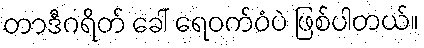
တာဒီဂရိတ် ခေါ် ရေဝက်ဝံပဲ ဖြစ်ပါတယ်။